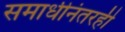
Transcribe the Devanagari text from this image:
समाधीनंतरही